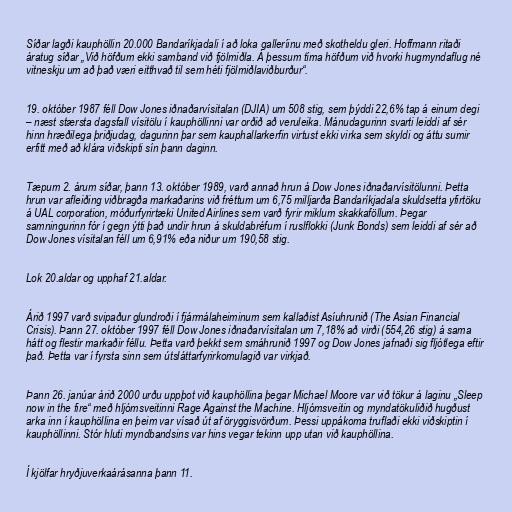
Síðar lagði kauphöllin 20.000 Bandaríkjadali í að loka galleríinu með skotheldu gleri. Hoffmann ritaði
áratug síðar „Við höfðum ekki samband við fjölmiðla. Á þessum tíma höfðum við hvorki hugmyndaflug né
vitneskju um að það væri eitthvað til sem héti fjölmiðlaviðburður“.

19. október 1987 féll Dow Jones iðnaðarvísitalan (DJIA) um 508 stig, sem þýddi 22,6% tap á einum degi
– næst stærsta dagsfall vísitölu í kauphöllinni var orðið að veruleika. Mánudagurinn svarti leiddi af sér
hinn hræðilega þriðjudag, dagurinn þar sem kauphallarkerfin virtust ekki virka sem skyldi og áttu sumir
erfitt með að klára viðskipti sín þann daginn.

Tæpum 2. árum síðar, þann 13. október 1989, varð annað hrun á Dow Jones iðnaðarvísitölunni. Þetta
hrun var afleiðing viðbragða markaðarins við fréttum um 6,75 milljarða Bandaríkjadala skuldsetta yfirtöku
á UAL corporation, móðurfyrirtæki United Airlines sem varð fyrir miklum skakkaföllum. Þegar
samningurinn fór í gegn ýtti það undir hrun á skuldabréfum í ruslflokki (Junk Bonds) sem leiddi af sér að
Dow Jones vísitalan féll um 6,91% eða niður um 190,58 stig.

Lok 20.aldar og upphaf 21.aldar.

Árið 1997 varð svipaður glundroði í fjármálaheiminum sem kallaðist Asíuhrunið (The Asian Financial
Crisis). Þann 27. október 1997 féll Dow Jones iðnaðarvísitalan um 7,18% að virði (554,26 stig) á sama
hátt og flestir markaðir féllu. Þetta varð þekkt sem smáhrunið 1997 og Dow Jones jafnaði sig fljótlega eftir
það. Þetta var í fyrsta sinn sem útsláttarfyrirkomulagið var virkjað.

Þann 26. janúar árið 2000 urðu uppþot við kauphöllina þegar Michael Moore var við tökur á laginu „Sleep
now in the fire“ með hljómsveitinni Rage Against the Machine. Hljómsveitin og myndatökuliðið hugðust
arka inn í kauphöllina en þeim var vísað út af öryggisvörðum. Þessi uppákoma truflaði ekki viðskiptin í
kauphöllinni. Stór hluti myndbandsins var hins vegar tekinn upp utan við kauphöllina.

Í kjölfar hryðjuverkaárásanna þann 11.